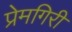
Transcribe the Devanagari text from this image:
प्रेमगिरी